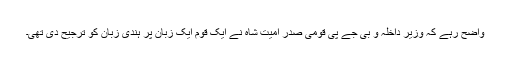
واضح رہے کہ وزیر داخلہ و بی جے پی قومی صدر امیت شاہ نے ایک قوم ایک زبان پر ہندی زبان کو ترجیح دی تھی۔